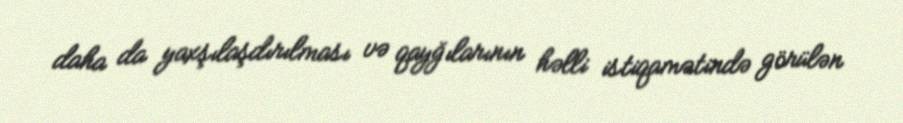
daha da yaxşılaşdırılması və qayğılarının həlli istiqamətində görülən